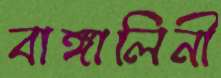
বাঙ্গালিনী